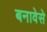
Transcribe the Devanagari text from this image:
बनावेसे